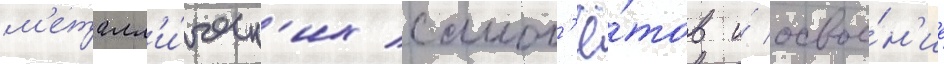
м'еталл'и́ческ'их самол'ё́тов и́ освое́н'ие